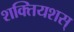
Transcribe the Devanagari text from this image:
शक्तियशस्